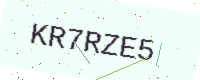
Text: KR7RZE5